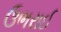
ઉભરાઈ